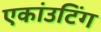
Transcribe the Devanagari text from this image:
एकांउटिंग